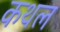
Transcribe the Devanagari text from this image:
कथल